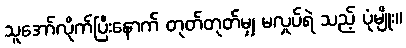
သူအော်လိုက်ပြီးနောက် တုတ်တုတ်မျှ မလှုပ်ရဲ သည့် ပုံမျိုး။